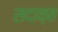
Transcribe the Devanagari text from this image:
सदाक़त